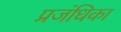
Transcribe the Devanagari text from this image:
प्रजंधिका